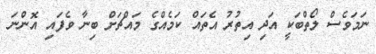
ނަމަވެސް ލޯތްބަކީ އަދި އިތުރު އެތައް ކަމެއްގެ މައްޗަށް ބިނާ ވެފައި އޮންނަ